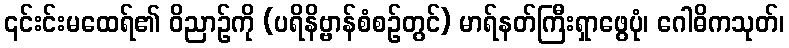
၎င်းင်းမထေရ်၏ ဝိညာဉ်ကို (ပရိနိဗ္ဗာန်စံစဉ်တွင်) မာရ်နတ်ကြီးရှာဖွေပုံ၊ ဂေါဓိကသုတ်၊